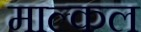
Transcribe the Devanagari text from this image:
माल्कल